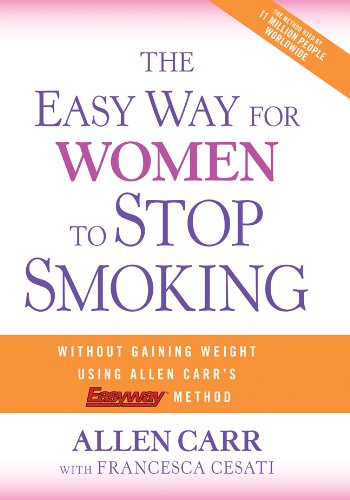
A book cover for The Easy Way for Women to Stop Smoking: A Revolutionary Approach Using Allen Carr's EasywayEE¢ Method; Allen Carr; Health, Fitness & Dieting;